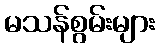
မသန်စွမ်းများ